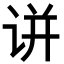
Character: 𬣲